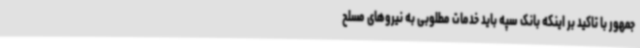
جمهور با تاکید بر اینکه بانک سپه باید خدمات مطلوبی به نیروهای مسلح